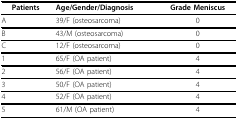
<table><thead><tr><td><b>Patients</b></td><td><b>Age/Gender/Diagnosis</b></td><td><b>Grade Meniscus</b></td></tr></thead><tbody><tr><td>A</td><td>39/F (osteosarcoma)</td><td>0</td></tr><tr><td>B</td><td>43/M (osteosarcoma)</td><td>0</td></tr><tr><td>C</td><td>12/F (osteosarcoma)</td><td>0</td></tr><tr><td>1</td><td>65/F (OA patient)</td><td>4</td></tr><tr><td>2</td><td>56/F (OA patient)</td><td>4</td></tr><tr><td>3</td><td>50/F (OA patient)</td><td>4</td></tr><tr><td>4</td><td>52/F (OA patient)</td><td>4</td></tr><tr><td>5</td><td>61/M (OA patient)</td><td>4</td></tr></tbody></table>